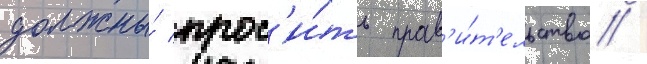
должны́ прос'и́ть прав'и́т'ельство /